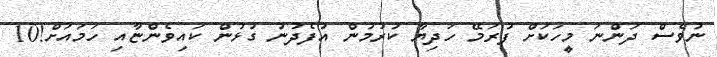
ނުވެސް ދަންނަ މީހަކަށް ފުރަމޭ ހަދިޔާ ކުރުމުން އުފެދުނު ގުޅުން ކައިވެންޏާއި ހަމައަށް!10